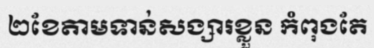
២ខែតាមទាន់សង្សារខ្លួន កំពុងតែ